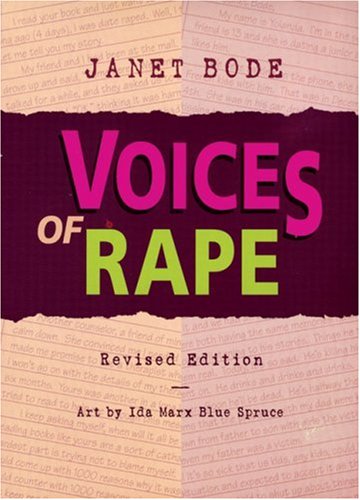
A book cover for Voices of Rape (Machines at Work); Janet Bode; Teen & Young Adult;